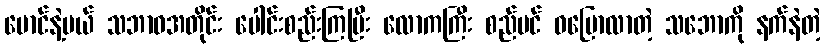
မောင်နဲ့မယ် သဘာဝအတိုင်း ပေါင်းစည်းကြပြီး လောကကြီး စည်ပင် ဝပြောလာတဲ့ သဘောကို နက်နဲတဲ့